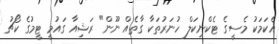
އެކަމަކު މެސީގެ ޓެކްނިކަލް ހުނަރުތަކާ ގާތެއް ނޫން" ރަޝިއާ ގައުމީ ޓީމުގެ ކޯޗު